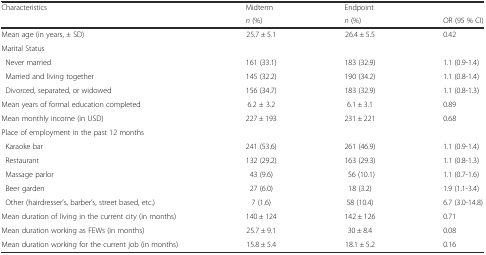
<table><thead><tr><td rowspan="2"><b>Characteristics</b></td><td><b>Midterm</b></td><td><b>Endpoint</b></td><td></td></tr><tr><td><b><i>n</i> (%)</b></td><td><b><i>n</i> (%)</b></td><td><b>OR (95 % CI)</b></td></tr></thead><tbody><tr><td>Mean age (in years, ± SD)</td><td>25.7 ± 5.1</td><td>26.4 ± 5.5</td><td>0.42</td></tr><tr><td colspan="4">Marital Status</td></tr><tr><td> Never married</td><td>161 (33.1)</td><td>183 (32.9)</td><td>1.1 (0.9-1.4)</td></tr><tr><td> Married and living together</td><td>145 (32.2)</td><td>190 (34.2)</td><td>1.1 (0.8-1.4)</td></tr><tr><td> Divorced, separated, or widowed</td><td>156 (34.7)</td><td>183 (32.9)</td><td>1.1 (0.8-1.3)</td></tr><tr><td>Mean years of formal education completed</td><td>6.2 ± 3.2</td><td>6.1 ± 3.1</td><td>0.89</td></tr><tr><td>Mean monthly income (in USD)</td><td>227 ± 193</td><td>231 ± 221</td><td>0.68</td></tr><tr><td colspan="4">Place of employment in the past 12 months</td></tr><tr><td> Karaoke bar</td><td>241 (53.6)</td><td>261 (46.9)</td><td>1.1 (0.9-1.4)</td></tr><tr><td> Restaurant</td><td>132 (29.2)</td><td>163 (29.3)</td><td>1.1 (0.8-1.3)</td></tr><tr><td> Massage parlor</td><td>43 (9.6)</td><td>56 (10.1)</td><td>1.1 (0.7-1.6)</td></tr><tr><td> Beer garden</td><td>27 (6.0)</td><td>18 (3.2)</td><td>1.9 (1.1-3.4)</td></tr><tr><td> Other (hairdresser’s, barber’s, street based, etc.)</td><td>7 (1.6)</td><td>58 (10.4)</td><td>6.7 (3.0-14.8)</td></tr><tr><td>Mean duration of living in the current city (in months)</td><td>140 ± 124</td><td>142 ± 126</td><td>0.71</td></tr><tr><td>Mean duration working as FEWs (in months)</td><td>25.7 ± 9.1</td><td>30 ± 8.4</td><td>0.08</td></tr><tr><td>Mean duration working for the current job (in months)</td><td>15.8 ± 5.4</td><td>18.1 ± 5.2</td><td>0.16</td></tr></tbody></table>